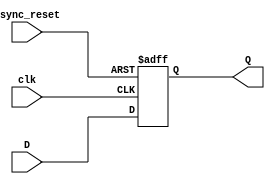
module FallingEdge_DFlipFlop_AsyncResetHigh(D,clk,async_reset,Q);
input D; // Data input 
input clk; // clock input 
input async_reset; // asynchronous reset high level 
output reg Q; // output Q 
always @(negedge clk or posedge async_reset) 
	begin
		if(async_reset==1'b1)
			Q <= 1'b0; 
		else 
			Q <= D; 
	end 
endmodule